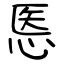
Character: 悘